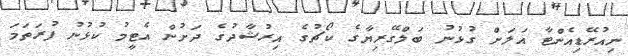
ނިއުރޭޑިއެންޓާ އަލަށް ގުޅުނު ބަލްގޭރިޔާގެ ކޯޗުގެ އިރުޝާދުގެ ދަށުން އެޓީމު ކުޅުނު ފުރަތަމަ